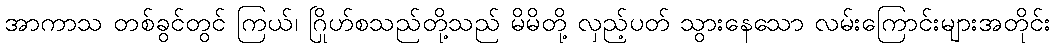
အာကာသ တစ်ခွင်တွင် ကြယ်၊ ဂြိုဟ်စသည်တို့သည် မိမိတို့ လှည့်ပတ် သွားနေသော လမ်းကြောင်းများအတိုင်း